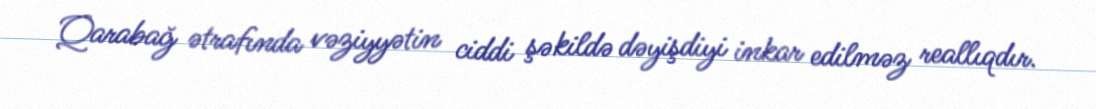
Qarabağ ətrafında vəziyyətin ciddi şəkildə dəyişdiyi inkar edilməz reallıqdır.